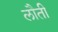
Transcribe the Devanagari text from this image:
लौती